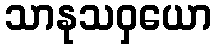
သာနုသဝှယော